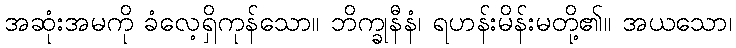
အဆုံးအမကို ခံလေ့ရှိကုန်သော။ ဘိက္ခုနီနံ၊ ရဟန်းမိန်းမတို့၏။ အယသော၊